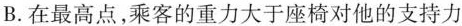
B.在最高点，乘客的重力大于座椅对他的支持力